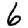
Digit: 6